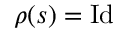
\rho ( s ) = { \mathrm { I d } }